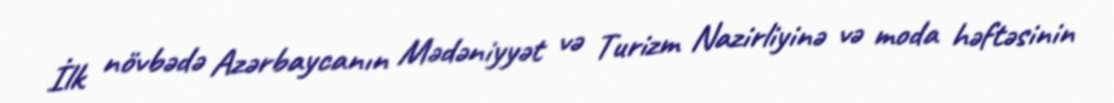
İlk növbədə Azərbaycanın Mədəniyyət və Turizm Nazirliyinə və moda həftəsinin